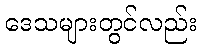
ဒေသများတွင်လည်း